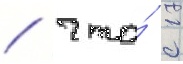
/ что́ с 1